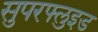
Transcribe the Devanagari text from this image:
सुपरफ्लुइड